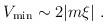
LaTeX: \begin{align*}V_{\rm min} \sim 2| m\xi| \ .\end{align*}